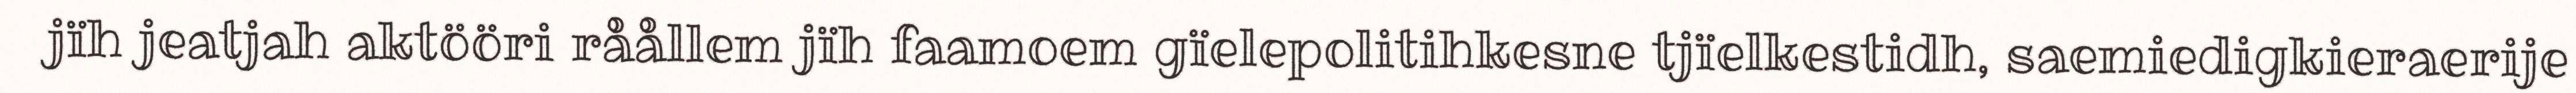
jïh jeatjah aktööri råållem jïh faamoem gïelepolitihkesne tjïelkestidh, saemiedigkieraerije